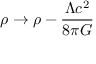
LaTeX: \rho \rightarrow \rho - { \frac { \Lambda c ^ { 2 } } { 8 \pi G } }